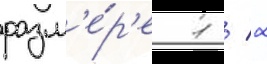
разм'е́р'е 1 / 2